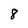
Character: 8